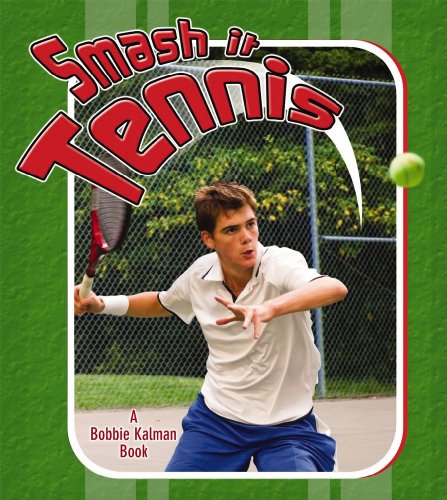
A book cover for Smash It Tennis (Sports Starters (Crabtree Paperback)); Paul Challen; Children's Books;